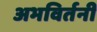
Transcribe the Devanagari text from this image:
अभविर्तनी